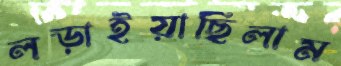
লড়াইয়াছিলাম